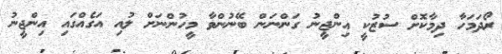
ރޯދަމަހާ ދިމާކޮށް ސުޒުކީ އިންޖީނު ގަންނަން ބޭނުންވާ މީހުންނަށް ލުއި އަގެއްގައި އިންޖީނު